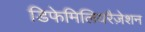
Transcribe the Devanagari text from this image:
डिफेमिलियरैज़ेशन